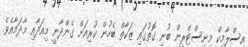
އިސްލާމިކް މިނިސްޓްރީން ބުނި ގޮތުގައި ޒަކާތް ބެހުން ކުރިއަށް ގެންދާނީ މިއަދާއި މާދަމާއެވެ.